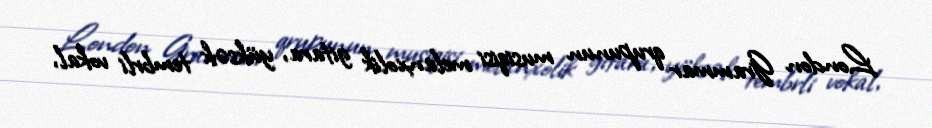
London Grammar qrupunun musiqisi melanxolik gitara, yüksək tembrli vokal,